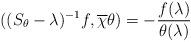
LaTeX: \begin{align*}((S_\theta-\lambda)^{-1}f,\overline\chi\theta)=-\frac{f(\lambda)}{\theta(\lambda)}\end{align*}